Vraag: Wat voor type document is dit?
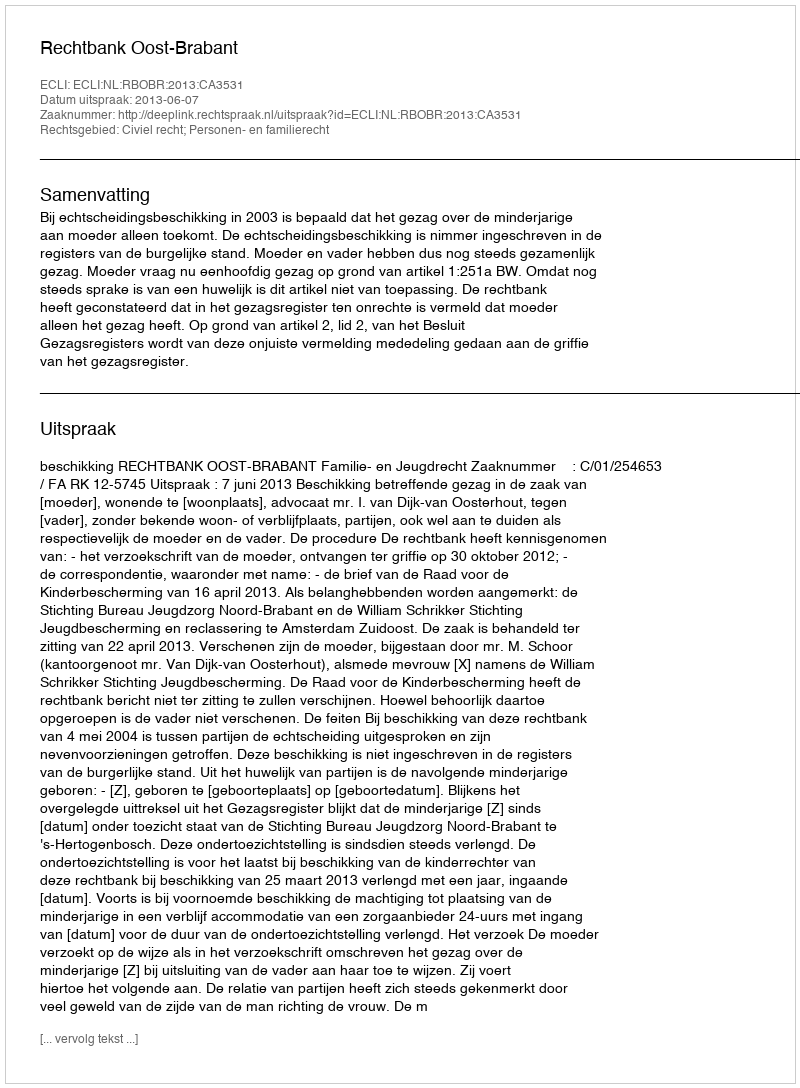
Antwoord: Uitspraak